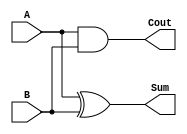
`timescale 1ns / 1ps
//////////////////////////////////////////////////////////////////////////////////
// Company: 
// Engineer: 
// 
// Design Name: 
// Module Name:    HA 
// Project Name: 
// Target Devices: 
// Tool versions: 
// Description: 
//
// Dependencies: 
//
// Revision: 
// Revision 0.01 - File Created
// Additional Comments: 
//
//////////////////////////////////////////////////////////////////////////////////
module HA( A , B , Sum , Cout 
    );
	
	input A , B ;
	output Sum , Cout ;
	
	assign Sum = A ^ B ,
			 Cout = A & B ;

endmodule